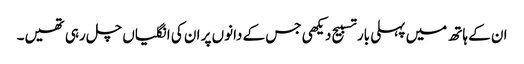
ان کے ہاتھ میں پہلی بار تسبیح دیکھی جس کے دانوں پر ان کی انگلیاں چل رہی تھیں۔